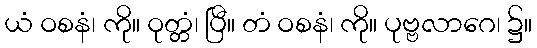
ယံ ဝစနံ၊ ကို။ ဝုတ္တံ၊ ပြီ။ တံ ဝစနံ၊ ကို။ ပုဗ္ဗလာဂေ၊ ၌။